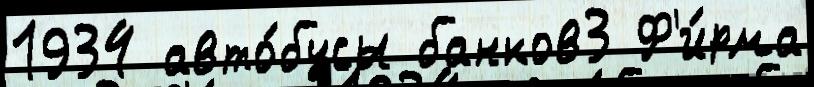
1934 авто́бусы банков3 Ф'и́рма